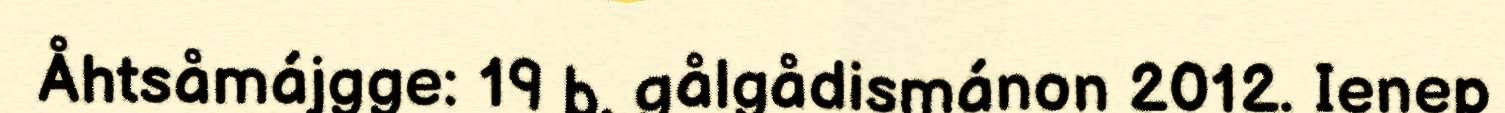
Åhtsåmájgge: 19 b. gålgådismánon 2012. Ienep